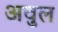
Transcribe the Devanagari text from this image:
अवुल